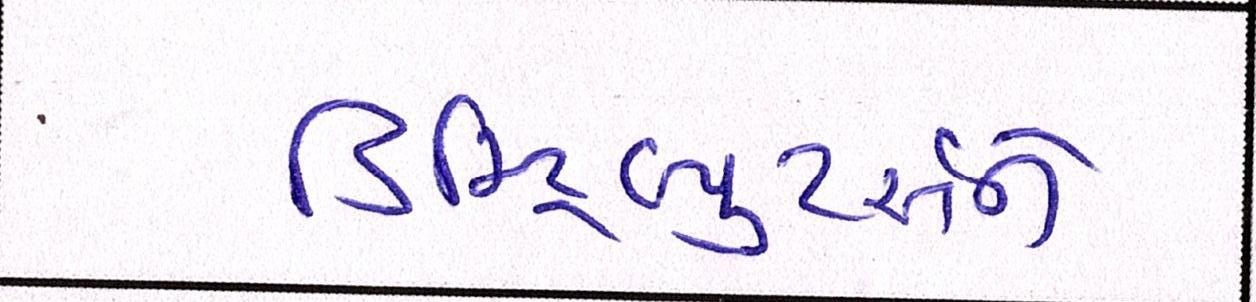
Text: ડિસ્ટ્રિબ્યુટર્સને